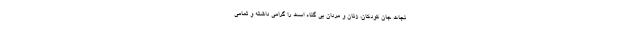
نجات جان کودکان، زنان و مردان بی گناه است را گرامی داشته و تمامی